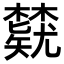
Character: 𬅃